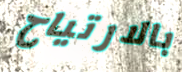
بالارتياح